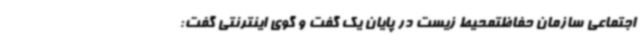
اجتماعی سازمان حفاظتمحیط‌ زیست در پایان یک گفت و گوی اینترنتی گفت: